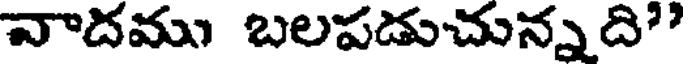
వాదము బలపడుచున్నది"